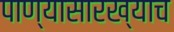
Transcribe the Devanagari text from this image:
पाण्यासारख्याच